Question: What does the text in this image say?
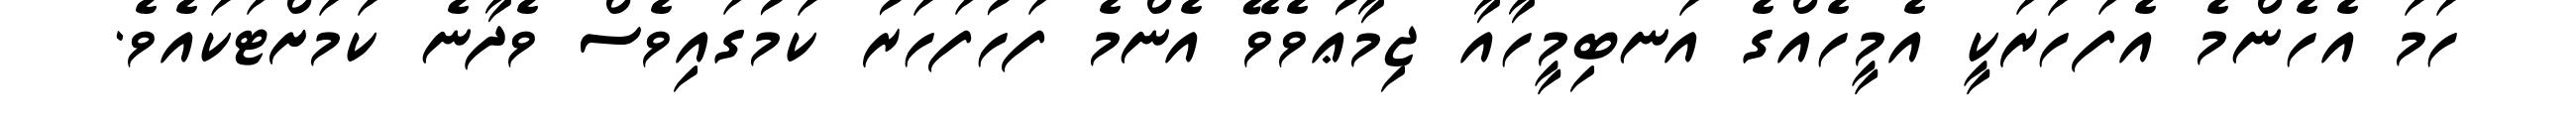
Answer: ހަމަ އެހެންމެ އެފަހަރަކީ އެމީހެއްގެ އަނބިމީހާއާ ޖިމާޢުވެވޭ އެންމެ ފަހުފަހަރު ކަމުގައިވެސް ވެދާނެ ކަމަށްޓަކައެވެ.